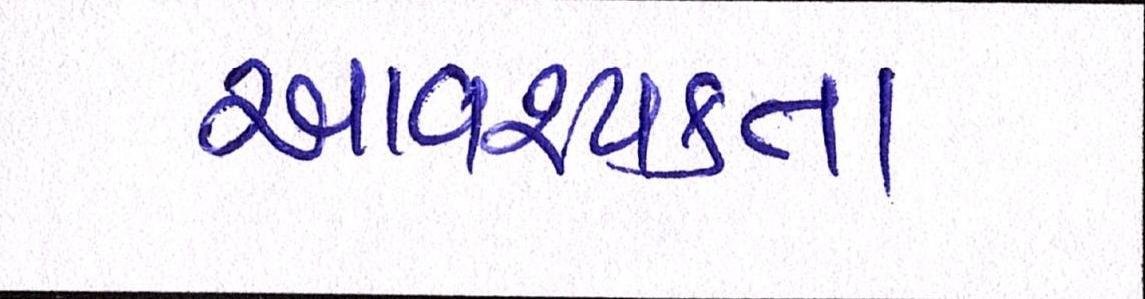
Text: આવશ્યકતા